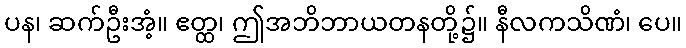
ပန၊ ဆက်ဦးအံ့။ ဧတ္ထ၊ ဤအဘိဘာယတနတို့၌။ နီလကသိဏံ၊ ပေ။